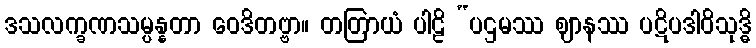
ဒသလက္ခဏသမ္ပန္နတာ ဝေဒိတဗ္ဗာ။ တတြာယံ ပါဠိ “ပဌမဿ ဈာနဿ ပဋိပဒါဝိသုဒ္ဓိ